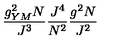
\frac { g _ { Y M } ^ { 2 } N } { J ^ { 3 } } \frac { J ^ { 4 } } { N ^ { 2 } } \frac { g ^ { 2 } N } { J ^ { 2 } }